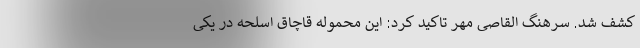
کشف شد. سرهنگ القاصی مهر تاکید کرد: این محموله قاچاق اسلحه در یکی